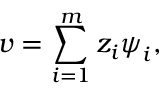
\boldsymbol { v } = \sum _ { i = 1 } ^ { m } z _ { i } \boldsymbol { \psi } _ { i } ,